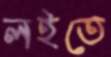
লইতে